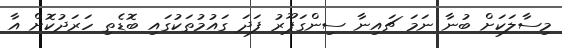
މިސާލަކަށް ބުނާ ނަމަ ޗައިނާ ސިންގަޕޫރު ފަދަ ގައުމުތަކުގައި ބޮޑެތި ހަރަދުކޮށް އާ